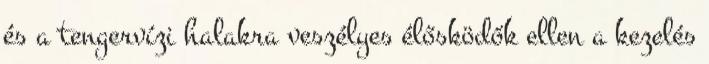
és a tengervízi halakra veszélyes élősködők ellen a kezelés